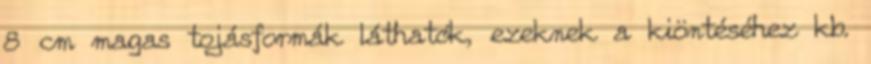
8 cm magas tojásformák láthatók, ezeknek a kiöntéséhez kb.